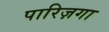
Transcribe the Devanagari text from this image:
पारिज़गा